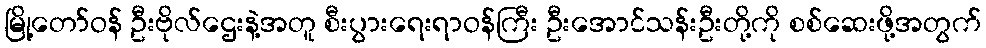
မြို့တော်ဝန် ဦးဗိုလ်ဌေးနဲ့အတူ စီးပွားရေးရာဝန်ကြီး ဦးအောင်သန်းဦးတို့ကို စစ်ဆေးဖို့အတွက်